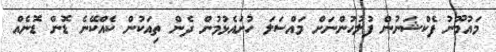
މައުމޫނު ފެކްޝަނުން ފުލުުހުންނަށް މައްސަލަ ހުށައެޅުމުން ދެން ތިއަކުން ކެއްކޭނެ ޑޮން ޑޮނެއް